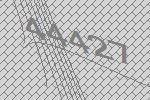
44427